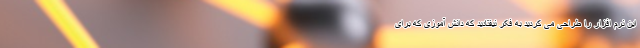
این نرم افزار را طراحی می کردید به فکر نیفتادید که دانش آموزی که برای